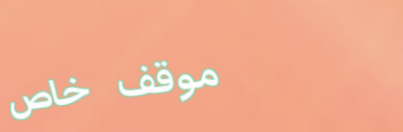
موقف خاص